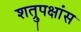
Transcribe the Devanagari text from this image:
शत्रुपक्षांस